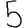
Digit: 5